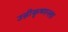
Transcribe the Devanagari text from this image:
उन्नीकृष्णन्ला